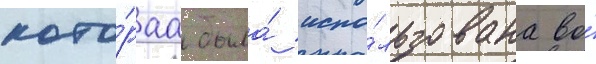
кото́раа была́ испо́льзована во́